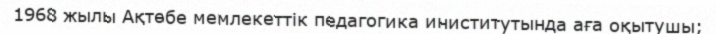
1968 жылы Ақтөбе мемлекеттік педагогика иниститутында аға оқытушы;